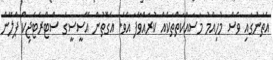
އެތަނުގައި ވެސް މުހިއްމު މަސައްކަތްތަކެއް ކުރައްވާފަ އެވެ. އެގޮތުން އޭސީސީގެ ސްޓްރެޓެޖިކް ޕްލޭން